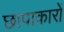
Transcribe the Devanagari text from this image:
छापाकारों